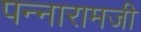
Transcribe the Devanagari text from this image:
पन्नारामजी